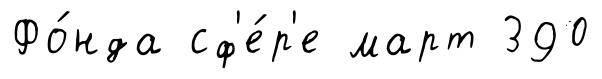
Фо́нда сф'е́р'е март 390